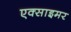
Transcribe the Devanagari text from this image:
एक्‍साइमर